Annual report on the Civil Veterinary Department, Burma (including the Insein Veterinary School) - 1910-1922
Year: 1910
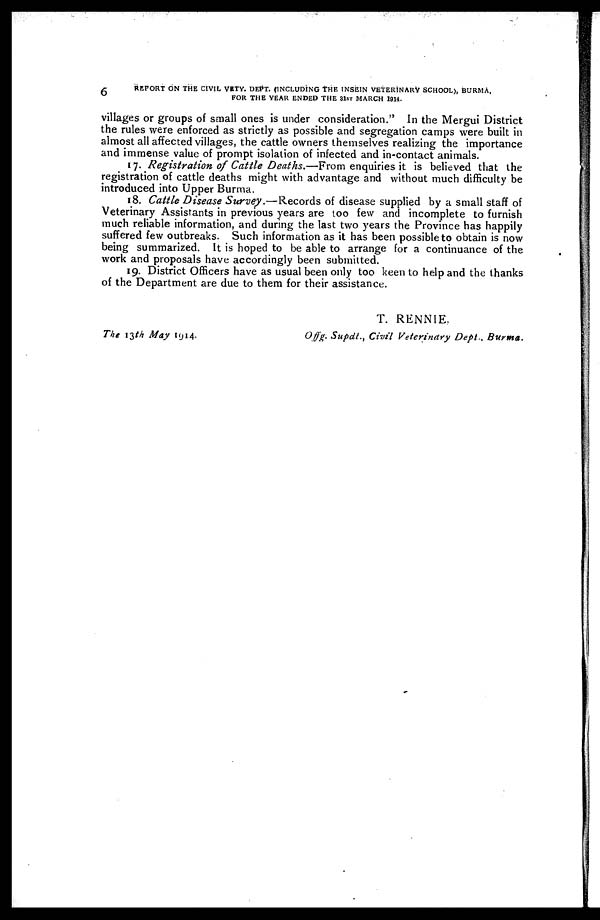
6
REPORT ON THE CIVIL VETY. DEPT. (INCLUDING THE INSEIN VETERINARY SCHOOL), BURMA,
FOR THE YEAR ENDED THE 31ST MARCH 1914.
villages or groups of small ones is under consideration." In the Mergui District
the rules were enforced as strictly as possible and segregation camps were built in
almost all affected villages, the cattle owners themselves realizing the importance
and immense value of prompt isolation of infected and in-contact animals.
17. Registration of Cattle Deaths.—From enquiries it is believed that the
registration of cattle deaths might with advantage and without much difficulty be
introduced into Upper Burma.
18. Cattle Disease Survey.—Records of disease supplied by a small staff of
Veterinary Assistants in previous years are too few and incomplete to furnish
much reliable information, and during the last two years the Province has happily
suffered few outbreaks. Such information as it has been possible to obtain is now
being summarized. It is hoped to be able to arrange for a continuance of the
work and proposals have accordingly been submitted.
19. District Officers have as usual been only too keen to help and the thanks
of the Department are due to them for their assistance.
The 13th May 1914.
T. RENNIE.
Offg. Supdt., Civil Veterinary Dept.,
Burma.